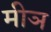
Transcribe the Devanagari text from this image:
मीञ